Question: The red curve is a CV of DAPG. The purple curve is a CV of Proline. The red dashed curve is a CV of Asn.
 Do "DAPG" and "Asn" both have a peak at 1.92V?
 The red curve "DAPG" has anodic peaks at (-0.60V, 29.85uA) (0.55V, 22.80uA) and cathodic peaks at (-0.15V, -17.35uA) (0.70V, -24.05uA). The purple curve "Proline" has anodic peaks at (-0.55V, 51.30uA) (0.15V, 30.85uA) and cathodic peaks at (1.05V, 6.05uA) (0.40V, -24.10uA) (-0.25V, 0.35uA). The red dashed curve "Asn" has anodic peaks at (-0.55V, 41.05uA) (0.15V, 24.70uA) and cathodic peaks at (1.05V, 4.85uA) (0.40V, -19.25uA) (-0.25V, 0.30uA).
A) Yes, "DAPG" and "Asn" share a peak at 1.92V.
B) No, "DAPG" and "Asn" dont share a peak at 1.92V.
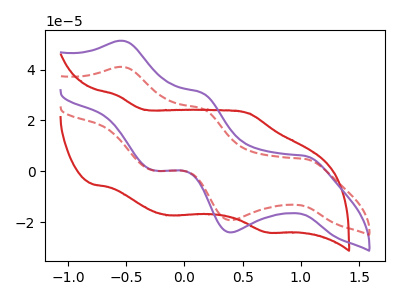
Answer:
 <answer>B) No, "DAPG" and "Asn" dont share a peak at 1.92V.</answer>
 <eval>B</eval>